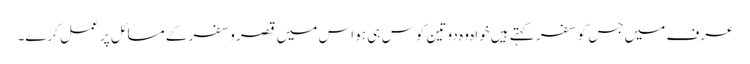
عرف میں جس کو سفر کہتے ہیں خواہ وہ دو تین کوس ہی ہو اس میں قصر وسفر کے مسائل پر عمل کرے۔